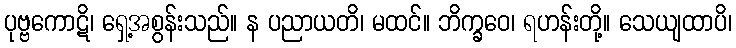
ပုဗ္ဗကောဋိ၊ ရှေ့အစွန်းသည်။ န ပညာယတိ၊ မထင်။ ဘိက္ခဝေ၊ ရဟန်းတို့။ သေယျထာပိ၊